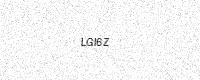
Text: LGI6Z